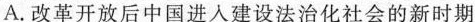
A.改革开放后中国进入建设法治化社会的新时期